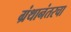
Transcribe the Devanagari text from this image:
ग्रंथानंतरचा